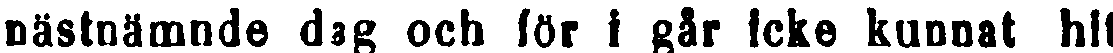
nästnämnde dag och för i går icke kunnat hit